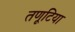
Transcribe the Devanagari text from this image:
तणूटिया